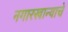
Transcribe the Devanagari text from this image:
नगारखान्याचे